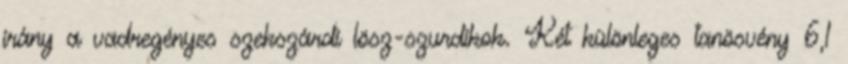
irány a vadregényes szekszárdi lösz-szurdikok. Két különleges tanösvény 6,1